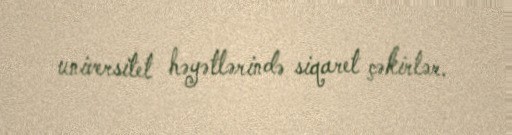
universitet həyətlərində siqaret çəkirlər.